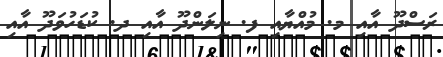
ރަސްދޫ އާއި މ. މުއްޔާއި ފ. ނިލަންދޫ އާއި ދ. ކުޑަހުވަދޫ އާއި